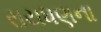
રાયધણના